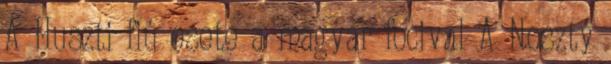
A Huszti fiú esete a magyar focival A Noszty